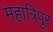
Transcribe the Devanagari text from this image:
महात्रिपुर